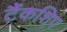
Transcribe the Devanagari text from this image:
टैंकशिप